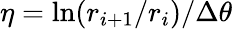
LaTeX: \eta=\ln(r_{i+1}/r_{i})/\Delta\theta